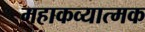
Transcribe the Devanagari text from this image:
महाकव्यात्मक